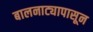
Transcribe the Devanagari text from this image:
बालनाट्यापासून